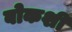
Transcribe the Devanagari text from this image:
बोकशी